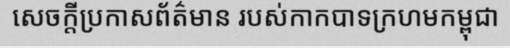
សេចក្តីប្រកាសព័ត៌មាន របស់កាកបាទក្រហមកម្ពុជា